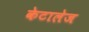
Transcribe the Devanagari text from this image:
केटालेज